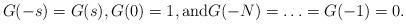
LaTeX: \begin{align*} G(-s)=G(s), G(0)=1, \mathrm{and} G(-N)=\ldots=G(-1)=0.\end{align*}